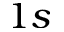
1 s